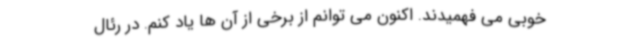
خوبی می فهمیدند. اکنون می توانم از برخی از آن ها یاد کنم. در رئال